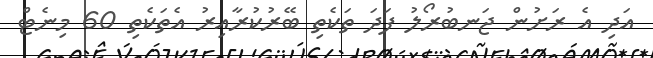
އަދި އެ ރަށުން ޖަނބުރޯލު ފަދަ ތަކެތި ބޭރުކުރާއިރު އެތަކެތި 60 މިނެޓް